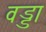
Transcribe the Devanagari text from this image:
वड्डा